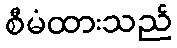
စီမံထားသည်